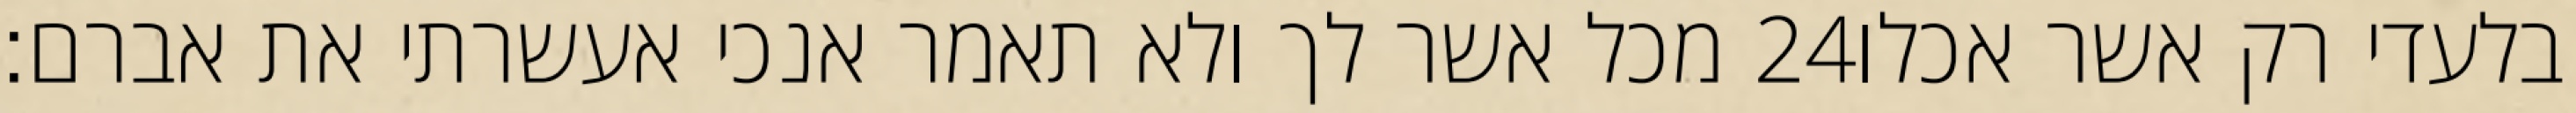
מכל אשר לך ולא תאמר אנכי אעשרתי את אברם׃ ‎24‏ בלעדי רק אשר אכלו